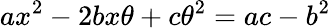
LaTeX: ax^{2}-2bx\theta+c\theta^{2}=ac-b^{2}